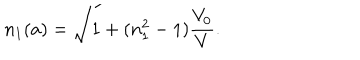
n _ { 1 } ( a ) = \sqrt { 1 + ( n _ { 1 } ^ { 2 } - 1 ) \frac { V _ { 0 } } { V } } .